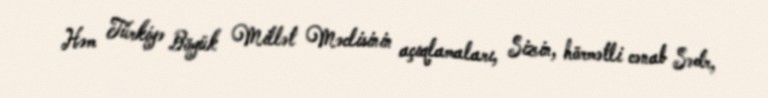
Həm Türkiyə Böyük Millət Məclisinin açıqlamaları, Sizin, hörmətli cənab Sədr,